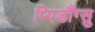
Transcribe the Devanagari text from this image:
प्यिडौंग्सु